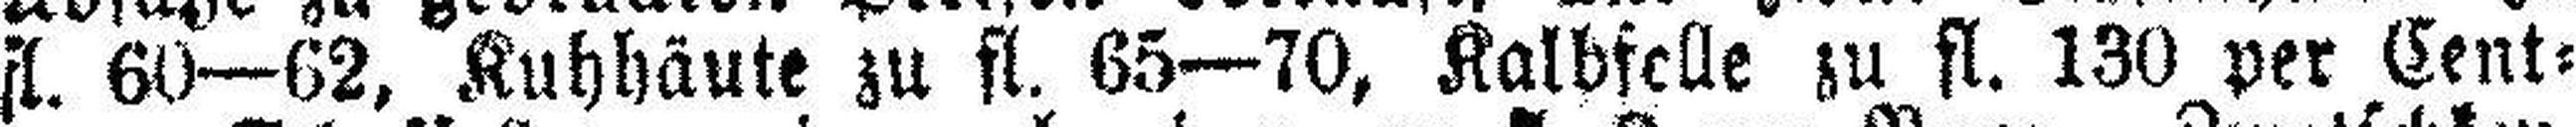
fl. 60—62, Kuhhäute zu fl. 65—70, Kalbfelle zu fl. 130 per Cent¬